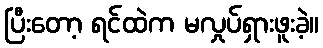
ပြီးတော့ ရင်ထဲက မလှုပ်ရှားဖူးခဲ့။